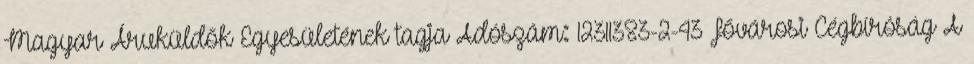
Magyar Áruküldők Egyesületének tagja Adószám: 12311383-2-43 Fővárosi Cégbíróság A